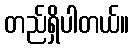
တည်ရှိပါတယ်။